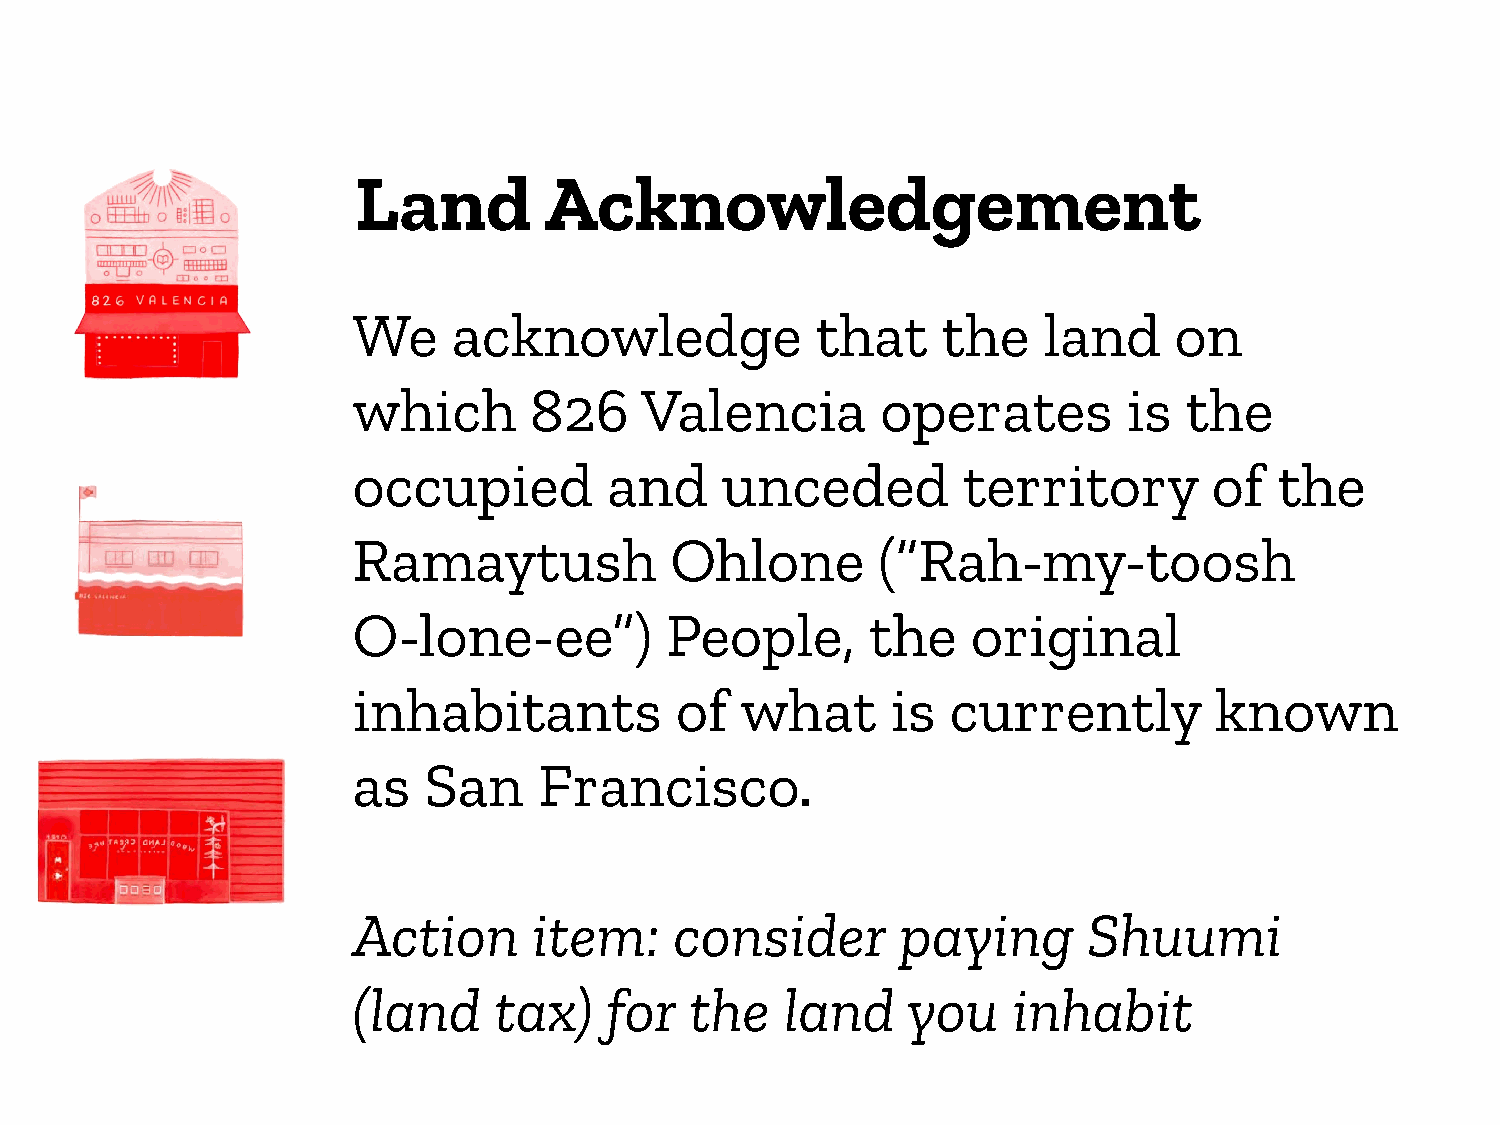
Land        Acknowledgement
 We     acknowledge             that    the    land     on
 which       826    Valencia        operates         is  the
 occupied         and     unceded         territory       of   the
 Ramaytush            Ohlone        (“Rah-my-toosh
 O-lone-ee”)          People,       the   original
 inhabitants           of  what      is  currently        known
 as   San     Francisco.
 Action      item:     consider       paying      Shuumi
 (land     tax)   for   the   land    you    inhabit